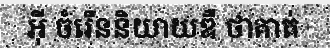
អ៊ី ចំរើននិយាយឌឺ ថាគាត់